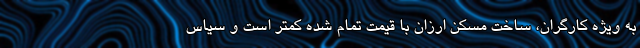
به ویژه کارگران، ساخت مسکن ارزان با قیمت تمام شده کمتر است و سیاس